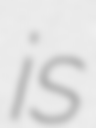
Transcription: is